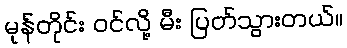
မုန်တိုင်း ဝင်လို့ မီး ပြတ်သွားတယ်။